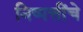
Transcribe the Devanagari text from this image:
निष्पत्तींचे